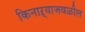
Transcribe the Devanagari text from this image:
किनाऱ्‍याजवळील